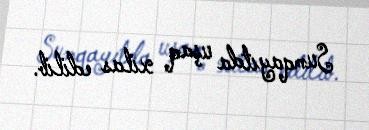
Sumqayıtda uşaq xilas edilib.